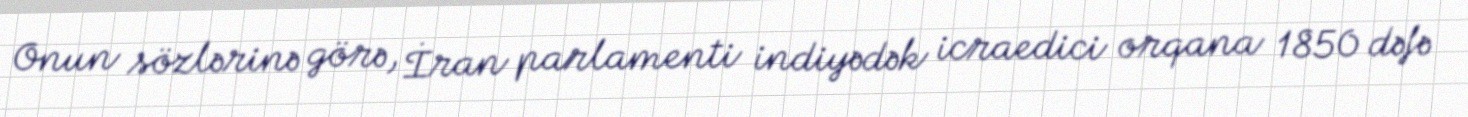
Onun sözlərinə görə, İran parlamenti indiyədək icraedici orqana 1850 dəfə